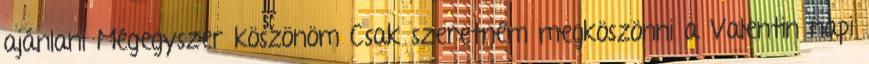
ajánlani Mégegyszer köszönöm Csak szeretném megköszönni a Valentin napi